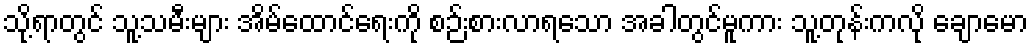
သို့ရာတွင် သူ့သမီးများ အိမ်ထောင်ရေးကို စဉ်းစားလာရသော အခါတွင်မူကား သူ့တုန်းကလို ချောမော